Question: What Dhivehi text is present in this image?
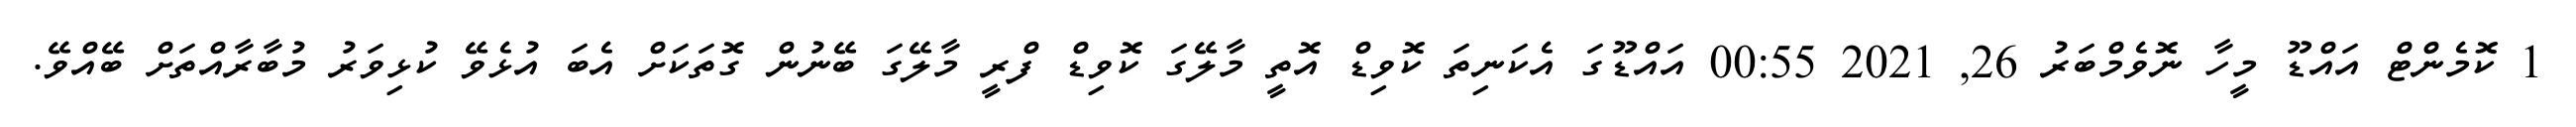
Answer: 1 ކޮމެންޓް އައްޑޫ މީހާ ނޮވެމްބަރު 26, 2021 00:55 އައްޑޫގަ އެކަނިތަ ކޮވިޑް އޮތީ މާލޭގަ ކޮވިޑް ފްރީ މާލޭގަ ބޭނުން ގޮތަކަށް އެބަ އުޅެވޭ ކުޅިވަރު މުބާރާއްތަށް ބޭއްވޭ.